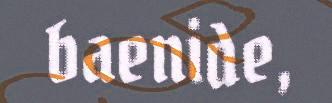
baenide,